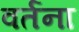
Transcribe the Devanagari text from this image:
वर्तना